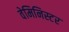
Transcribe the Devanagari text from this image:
वेमिनिस्टर